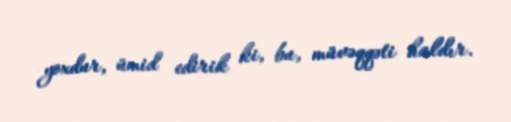
yoxdur, ümid edirik ki, bu, müvəqqəti haldır.